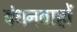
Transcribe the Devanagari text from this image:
बंधनबाहों